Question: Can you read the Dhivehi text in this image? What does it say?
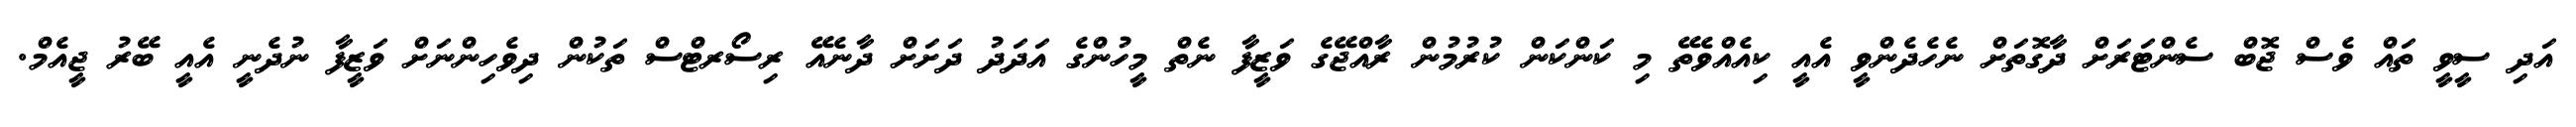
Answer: އަދި ސީވީ ތައް ވެސް ޖޮބް ސެންޓަރަށް ދާގޮތަށް ނެހެދެންވީ އެއީ ކިއެއްވެތޭ މި ކަންކަން ކުރުމުން ރާއްޖޭގެ ވަޒީފާ ނެތް މީހުންގެ އަދަދު ދަށަށް ދާނެއޭ ރިސޯރޓްސް ތަކުން ދިވެހިންނަށް ވަޒީފާ ނުދެނީ އެއީ ބޭރު ޖީއެމް.